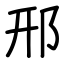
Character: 邢